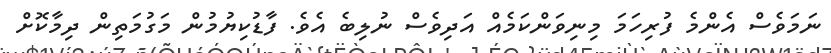
ނަމަވެސް އެންމެ ފުރިހަމަ މިނިވަންކަމެއް އަދިވެސް ނުލިބެ އެވެ. ފާޑުކިޔުމުން މަގުމަތިން ދިމާކޮށް